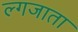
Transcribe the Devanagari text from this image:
ल्गजाता